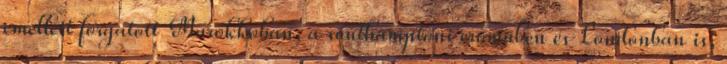
emellett forgatott Marokkóban, a southamptoni erőműben és Londonban is,